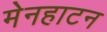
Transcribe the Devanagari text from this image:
मेनहाटन